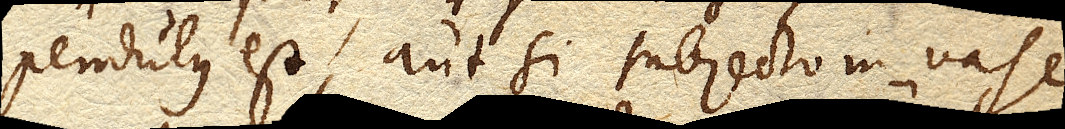
pendulus est, aut si subjecto in vase